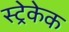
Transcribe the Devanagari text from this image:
स्ट्रेकेक